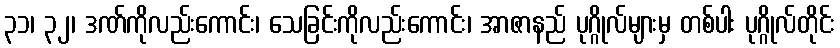
၃၁၊ ၃၂၊ ဒဏ်ကိုလည်းကောင်း၊ သေခြင်းကိုလည်းကောင်း၊ အာဇာနည် ပုဂ္ဂိုလ်များမှ တစ်ပါး ပုဂ္ဂိုလ်တိုင်း